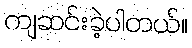
ကျဆင်းခဲ့ပါတယ်။